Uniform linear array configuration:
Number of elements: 12
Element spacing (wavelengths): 0.75
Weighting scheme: binomial
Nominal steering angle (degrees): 45
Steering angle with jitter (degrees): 43.821
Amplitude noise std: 0.05
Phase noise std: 0.05

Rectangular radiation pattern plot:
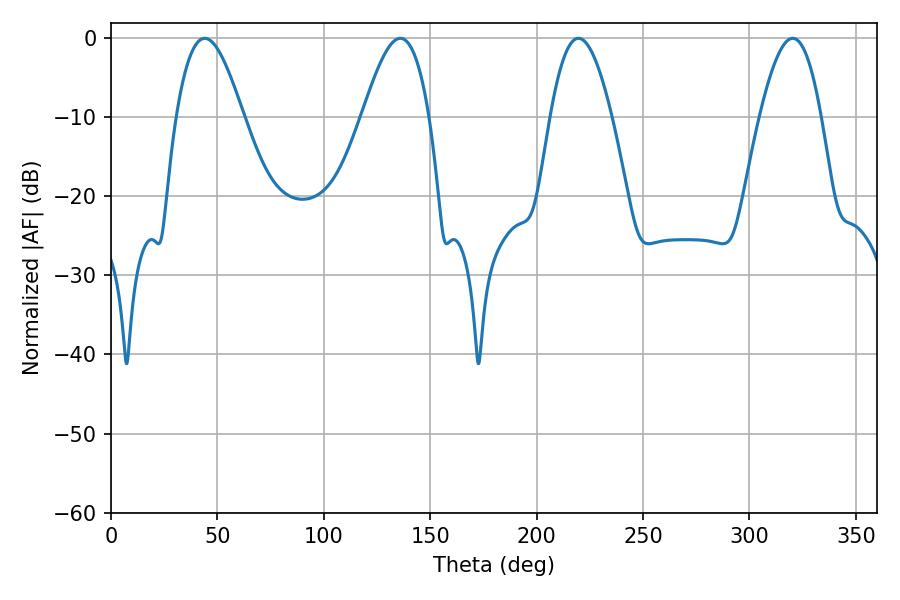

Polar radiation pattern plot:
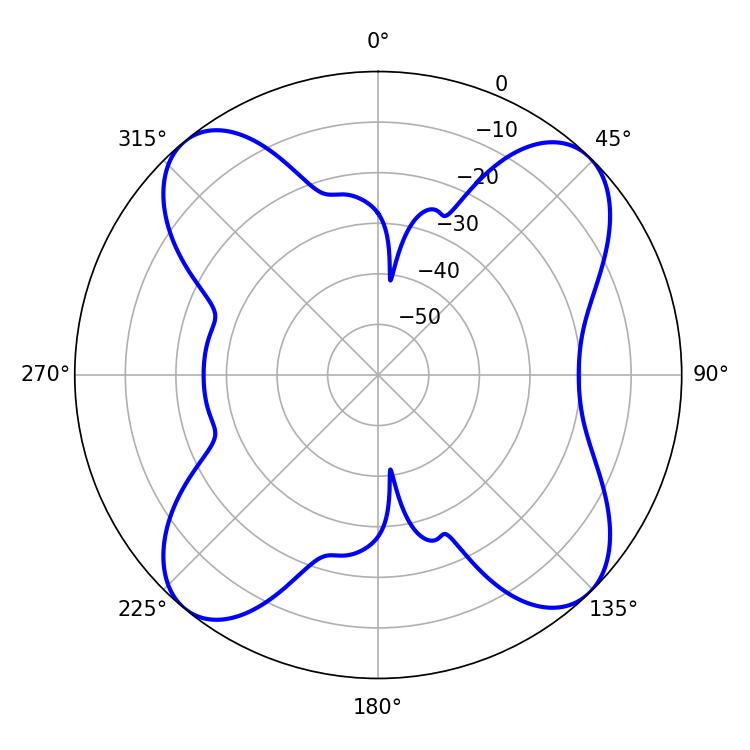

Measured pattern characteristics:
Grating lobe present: TRUE
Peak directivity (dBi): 13.811
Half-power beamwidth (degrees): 15.66
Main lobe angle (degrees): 219.6